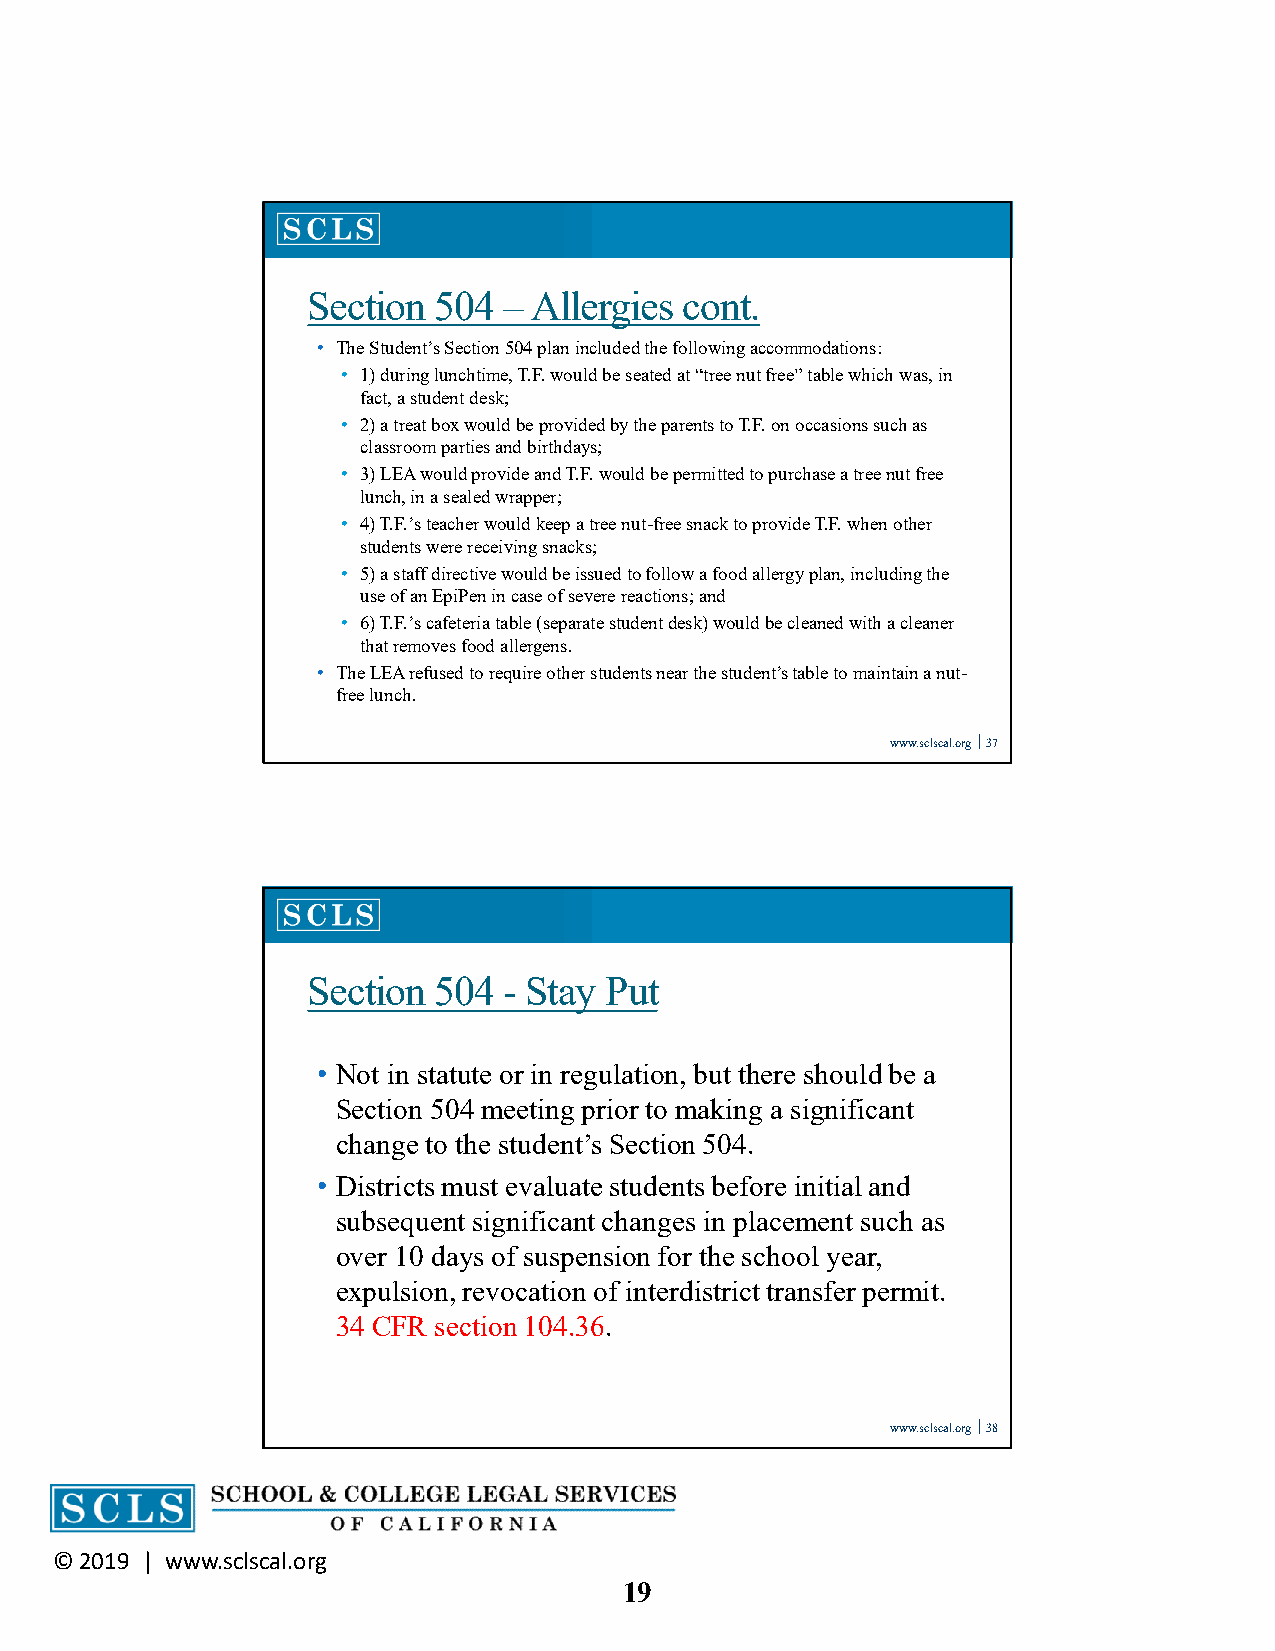
Section  504 – Allergies cont.
 • The Student’s Section 504 plan included the following accommodations:
 • 1) during lunchtime, T.F. would be seated at “tree nut free” table which was, in
 fact, a student desk;
 • 2) a treat box would be provided by the parents to T.F. on occasions such as
 classroom parties and birthdays;
 • 3) LEA would provide and T.F. would be permitted to purchase a tree nut free
 lunch, in a sealed wrapper;
 • 4)T.F.’s teacher would keep a tree nut-free snack to provide T.F. when other
 students were receiving snacks;
 • 5) a staff directive would be issued to follow a food allergy plan, including the
 use of an EpiPen in case of severe reactions; and
 • 6) T.F.’s cafeteria table (separate student desk) would be cleaned with a cleaner
 that removes food allergens.
 • The LEA refused to require other students near the student’s table to maintain a nut-
 free lunch.
 www.sclscal.org 37
 Section  504 - Stay Put
 • Not in statute or in regulation, but there should be a
 Section 504 meeting prior to making a significant
 change to the student’s Section 504.
 • Districts must evaluate students before initial and
 subsequent significant changes in placement such as
 over 10 days of suspension for the school year,
 expulsion, revocation of interdistrict transfer permit.
 34 CFR section 104.36.
 www.sclscal.org 38
 © 2019 | www.sclscal.org
 19